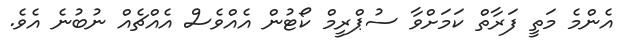
އެންމެ މަތީ ފަރާތް ކަމަށްވާ ސުޕްރީމް ކޯޓުން އެއްވެސް އެއްޗެއް ނުބުނެ އެވެ.